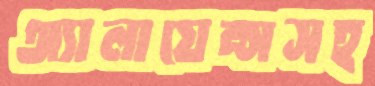
অ্যালায়েন্সসহ